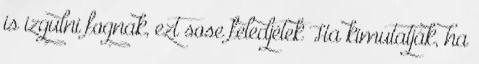
is izgulni fognak, ezt sose feledjétek Ha kimutatják, ha